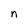
Character: n